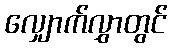
လျှောက်လွှာတွင်